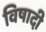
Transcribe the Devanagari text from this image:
विषादी